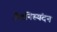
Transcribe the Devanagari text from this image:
जैवनिस्यंदन